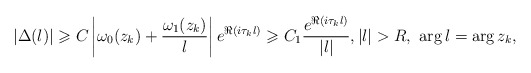
\begin{align*} \left|\Delta(\l)\right| \geqslant C\left|\omega_0(z_k) + \frac{\omega_1(z_k)}{\l}\right|e^{\Re(i \tau_k \l)} \geqslant C_1 \frac{e^{\Re(i \tau_k \l)}}{|\l|}, |\l|>R,\ \arg \l = \arg z_k,\end{align*}